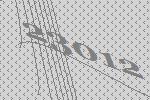
23012